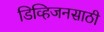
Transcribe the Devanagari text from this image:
डिव्हिजनसाठी